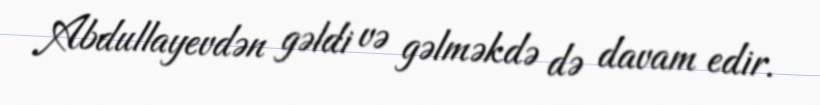
Abdullayevdən gəldi və gəlməkdə də davam edir.